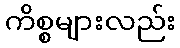
ကိစ္စများလည်း